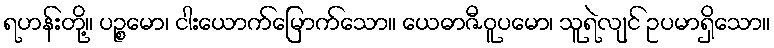
ရဟန်းတို့။ ပဉ္စမော၊ ငါးယောက်မြောက်သော။ ယေဓာဇီဝူပမော၊ သူရဲလျင် ဥပမာရှိသော။